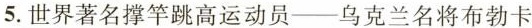
5.世界著名撑杆跳高运动员—乌克兰名将布勃卡